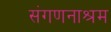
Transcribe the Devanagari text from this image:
संगणनाश्रम